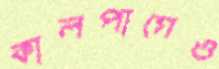
কালপাগেও